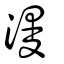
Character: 漫